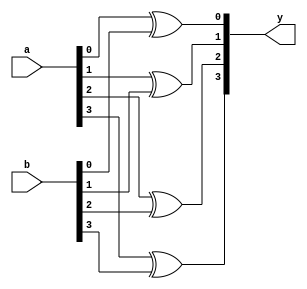
module xup_xor_vector #(parameter SIZE = 4 , DELAY = 3)(
    input [SIZE-1:0] a,
    input [SIZE-1:0] b,
    output [SIZE-1:0] y
    ); 
    
   genvar i;
    generate
       for (i=0; i < SIZE; i=i+1) 
       begin: xor_i
          xor #DELAY(y[i], a[i], b[i]);
       end
    endgenerate
   
endmodule